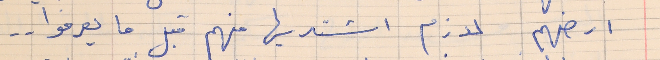
ارضهم لازم اشتريها منهم قبل ما يعرفوا . .